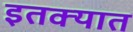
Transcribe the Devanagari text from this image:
इतक्‍यात